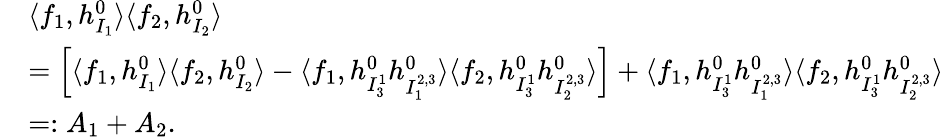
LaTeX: \begin{array}{rl}&{\langle f_{1},h_{I_{1}}^{0}\rangle\langle f_{2},h_{I_{2}}^{0}\rangle}\\ &{=\Big[\langle f_{1},h_{I_{1}}^{0}\rangle\langle f_{2},h_{I_{2}}^{0}\rangle-\langle f_{1},h_{I_{3}^{1}}^{0}h_{I_{1}^{2,3}}^{0}\rangle\langle f_{2},h_{I_{3}^{1}}^{0}h_{I_{2}^{2,3}}^{0}\rangle\Big]+\langle f_{1},h_{I_{3}^{1}}^{0}h_{I_{1}^{2,3}}^{0}\rangle\langle f_{2},h_{I_{3}^{1}}^{0}h_{I_{2}^{2,3}}^{0}\rangle}\\ &{=:A_{1}+A_{2}.}\end{array}